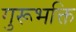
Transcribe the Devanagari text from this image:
गुरूभक्ति